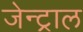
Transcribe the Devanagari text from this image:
जेन्ट्राल